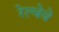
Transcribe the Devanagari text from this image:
रेल्वेवे